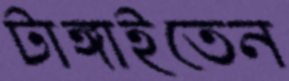
টাঙ্গাইতেন